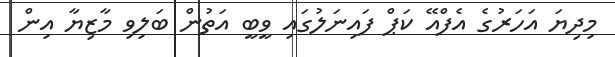
މިދިޔަ އަހަރުގެ އެފްއޭ ކަޕް ފައިނަލުގައި ވީބީ އަތުން ބަލިވި މާޒިޔާ އިން